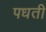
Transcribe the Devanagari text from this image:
पधती